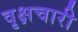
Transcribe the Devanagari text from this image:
वृक्षचारी